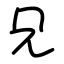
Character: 兄